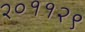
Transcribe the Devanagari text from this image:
२०११२९